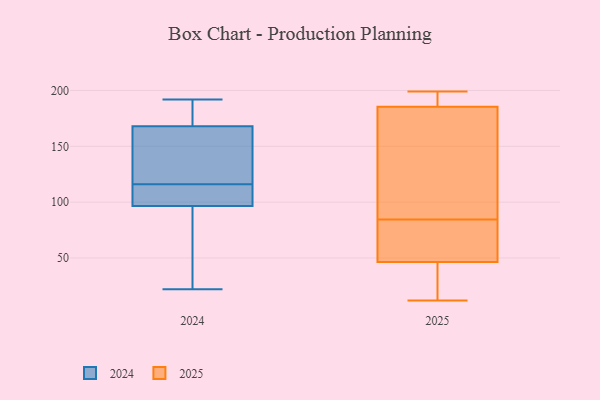
{"axis": {"x": "Conversion Rate (%)", "y": "Value"}, "legend": ["2024", "2025"], "data": [{"x": "", "y": 73, "type": "2025"}, {"x": "", "y": 196, "type": "2025"}, {"x": "", "y": 32, "type": "2025"}, {"x": "", "y": 73, "type": "2025"}, {"x": "", "y": 49, "type": "2025"}, {"x": "", "y": 178, "type": "2025"}, {"x": "", "y": 96, "type": "2025"}, {"x": "", "y": 106, "type": "2025"}, {"x": "", "y": 134, "type": "2025"}, {"x": "", "y": 193, "type": "2025"}, {"x": "", "y": 12, "type": "2025"}, {"x": "", "y": 31, "type": "2025"}, {"x": "", "y": 193, "type": "2025"}, {"x": "", "y": 199, "type": "2025"}, {"x": "", "y": 68, "type": "2025"}, {"x": "", "y": 44, "type": "2025"}, {"x": "", "y": 181, "type": "2024"}, {"x": "", "y": 114, "type": "2024"}, {"x": "", "y": 22, "type": "2024"}, {"x": "", "y": 140, "type": "2024"}, {"x": "", "y": 192, "type": "2024"}, {"x": "", "y": 92, "type": "2024"}, {"x": "", "y": 173, "type": "2024"}, {"x": "", "y": 153, "type": "2024"}, {"x": "", "y": 114, "type": "2024"}, {"x": "", "y": 48, "type": "2024"}, {"x": "", "y": 32, "type": "2024"}, {"x": "", "y": 116, "type": "2024"}, {"x": "", "y": 175, "type": "2024"}, {"x": "", "y": 153, "type": "2024"}, {"x": "", "y": 110, "type": "2024"}]}